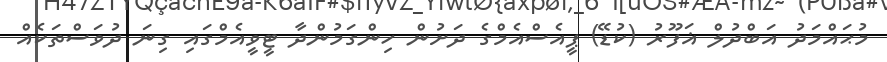
މުޙައްމަދު އަބްދުލް ޣަފޫރު (ކުޑޭ) ޕީއެސްއެމްގެ ދަށުން ހިންގަމުންދާ ޓީވީއެމްގައި ގިނަ ދުވަސްތަކެއް